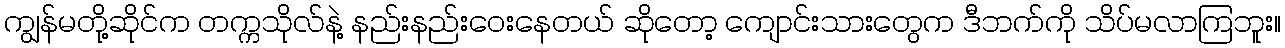
ကျွန်မတို့ဆိုင်က တက္ကသိုလ်နဲ့ နည်းနည်းဝေးနေတယ် ဆိုတော့ ကျောင်းသားတွေက ဒီဘက်ကို သိပ်မလာကြဘူး။